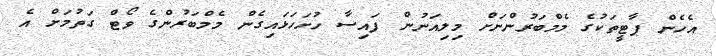
އެހެން ޕާޓީތަކުގެ މެމްބަރުންނަށް މިލިއަނުން ފައިސާ ހުށަހަޅައިގެން މެމްބަރުންގެ ވޯޓް ގަތުމަށް އެ